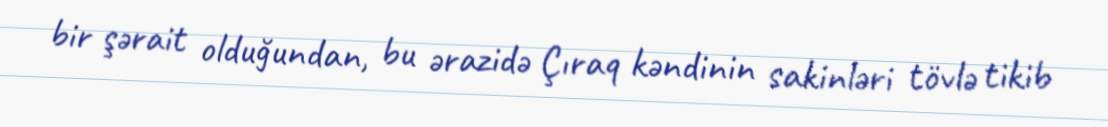
bir şərait olduğundan, bu ərazidə Çıraq kəndinin sakinləri tövlə tikib